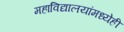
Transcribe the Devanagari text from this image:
महाविद्यालयांमध्येही